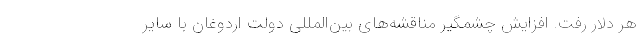
هر دلار رفت. افزایش چشمگیر مناقشه‌های بین‌المللی دولت اردوغان با سایر